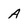
Character: A